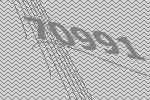
70991